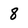
Character: 8